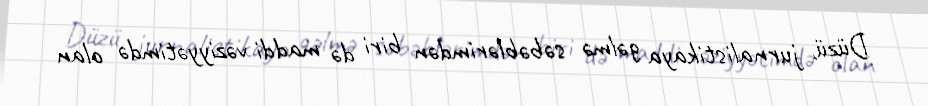
Düzü, jurnalistikaya gəlmə səbəblərimdən biri də maddi vəziyyətimdə olan